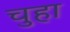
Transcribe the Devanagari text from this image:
चुहा